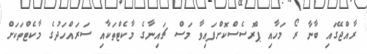
ރާއްޖޭގައި ބާނާ ރޯ މަހާއި ޕްރޮސެސްކޮށްފައިވާ މަސް ޗައިނާގެ މާކެޓްތަކާއި ސަރައްހަދުގެ މާކެޓްތަކަށް